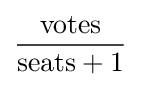
{\frac {\text{votes}}{{\text{seats}}+1}}